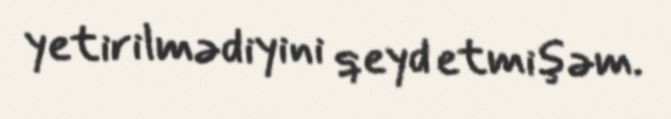
yetirilmədiyini qeyd etmişəm.